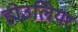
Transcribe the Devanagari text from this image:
होउलियर